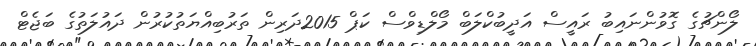
ލޯންޗުގެ ގޮވުންނައިބު ރައީސް އަދީބުކްލަބް މޯލްޑިވްސް ކަޕް 2015ދަރިން ތަރުބިއްޔަތުކުރުން ދައުލަތުގެ ބަޖެޓް